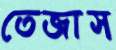
তেজাস